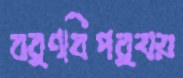
বর্ণবিপর্যয়